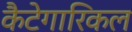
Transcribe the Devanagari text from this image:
कैटेगारिकल